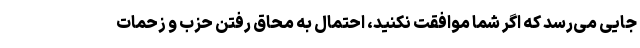
جایی می‌رسد که اگر شما موافقت نکنید، احتمال به محاق رفتن حزب و زحمات